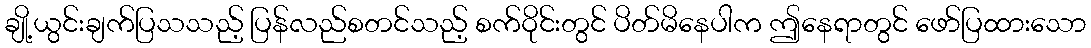
ချို့ယွင်းချက်ပြသသည့် ပြန်လည်စတင်သည့် စက်ဝိုင်းတွင် ပိတ်မိနေပါက ဤနေရာတွင် ဖော်ပြထားသော